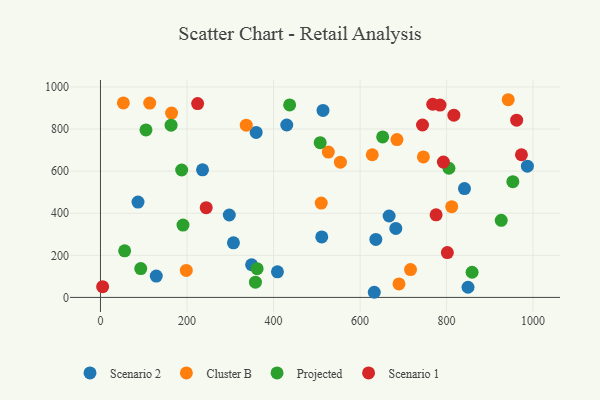
{"axis": {"x": "Investment", "y": "Sales"}, "legend": ["Cluster B", "Projected", "Scenario 1", "Scenario 2"], "data": [{"x": "409.1", "y": 121.4, "type": "Scenario 2"}, {"x": "349.4", "y": 155.1, "type": "Scenario 2"}, {"x": "86.8", "y": 452.9, "type": "Scenario 2"}, {"x": "849.6", "y": 48.2, "type": "Scenario 2"}, {"x": "511.5", "y": 287.4, "type": "Scenario 2"}, {"x": "129.0", "y": 101.5, "type": "Scenario 2"}, {"x": "307.4", "y": 259.4, "type": "Scenario 2"}, {"x": "682.7", "y": 327.7, "type": "Scenario 2"}, {"x": "986.8", "y": 623.2, "type": "Scenario 2"}, {"x": "841.4", "y": 517.1, "type": "Scenario 2"}, {"x": "430.6", "y": 819.0, "type": "Scenario 2"}, {"x": "514.4", "y": 888.4, "type": "Scenario 2"}, {"x": "636.5", "y": 275.6, "type": "Scenario 2"}, {"x": "359.9", "y": 783.9, "type": "Scenario 2"}, {"x": "667.2", "y": 386.7, "type": "Scenario 2"}, {"x": "297.8", "y": 391.4, "type": "Scenario 2"}, {"x": "235.9", "y": 605.9, "type": "Scenario 2"}, {"x": "632.9", "y": 24.4, "type": "Scenario 2"}, {"x": "510.3", "y": 448.2, "type": "Cluster B"}, {"x": "526.7", "y": 690.4, "type": "Cluster B"}, {"x": "811.9", "y": 431.2, "type": "Cluster B"}, {"x": "716.7", "y": 132.0, "type": "Cluster B"}, {"x": "554.6", "y": 642.6, "type": "Cluster B"}, {"x": "113.8", "y": 923.4, "type": "Cluster B"}, {"x": "942.5", "y": 939.1, "type": "Cluster B"}, {"x": "337.0", "y": 818.1, "type": "Cluster B"}, {"x": "52.9", "y": 924.1, "type": "Cluster B"}, {"x": "690.0", "y": 63.9, "type": "Cluster B"}, {"x": "198.4", "y": 128.1, "type": "Cluster B"}, {"x": "746.4", "y": 667.3, "type": "Cluster B"}, {"x": "685.3", "y": 750.0, "type": "Cluster B"}, {"x": "628.3", "y": 677.7, "type": "Cluster B"}, {"x": "164.4", "y": 875.9, "type": "Cluster B"}, {"x": "926.4", "y": 366.0, "type": "Projected"}, {"x": "93.1", "y": 136.9, "type": "Projected"}, {"x": "507.9", "y": 735.2, "type": "Projected"}, {"x": "362.1", "y": 136.7, "type": "Projected"}, {"x": "859.0", "y": 119.5, "type": "Projected"}, {"x": "163.2", "y": 818.4, "type": "Projected"}, {"x": "55.9", "y": 221.3, "type": "Projected"}, {"x": "953.2", "y": 549.9, "type": "Projected"}, {"x": "187.7", "y": 605.3, "type": "Projected"}, {"x": "358.2", "y": 72.5, "type": "Projected"}, {"x": "652.3", "y": 762.2, "type": "Projected"}, {"x": "805.5", "y": 613.6, "type": "Projected"}, {"x": "437.3", "y": 914.2, "type": "Projected"}, {"x": "105.2", "y": 795.4, "type": "Projected"}, {"x": "190.8", "y": 343.7, "type": "Projected"}, {"x": "224.6", "y": 920.7, "type": "Scenario 1"}, {"x": "801.8", "y": 213.2, "type": "Scenario 1"}, {"x": "244.4", "y": 426.5, "type": "Scenario 1"}, {"x": "744.4", "y": 819.0, "type": "Scenario 1"}, {"x": "973.1", "y": 677.7, "type": "Scenario 1"}, {"x": "775.8", "y": 392.4, "type": "Scenario 1"}, {"x": "5.0", "y": 51.0, "type": "Scenario 1"}, {"x": "784.9", "y": 913.9, "type": "Scenario 1"}, {"x": "792.7", "y": 642.8, "type": "Scenario 1"}, {"x": "816.9", "y": 865.5, "type": "Scenario 1"}, {"x": "962.0", "y": 841.9, "type": "Scenario 1"}, {"x": "768.0", "y": 917.7, "type": "Scenario 1"}]}